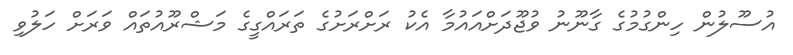
އުސޫލުން ހިންގުމުގެ ގާނޫނު ވުޖޫދަށްއައުމާ އެކު ރަށްރަށުގެ ތަރައްގީގެ މަޝްރޫއުތައް ވަރަށް ހަލުވި